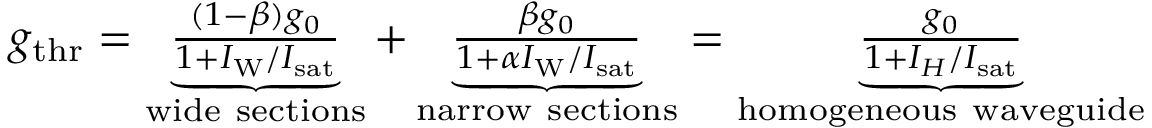
\begin{array} { r } { g _ { \mathrm { t h r } } = \underbrace { \frac { ( 1 - \beta ) g _ { 0 } } { 1 + I _ { \mathrm { W } } / { I _ { \mathrm { s a t } } } } } _ { \mathrm { w i d e ~ s e c t i o n s } } + \underbrace { \frac { \beta g _ { 0 } } { 1 + \alpha I _ { \mathrm { W } } / { I _ { \mathrm { s a t } } } } } _ { \mathrm { n a r r o w ~ s e c t i o n s } } = \underbrace { \frac { g _ { 0 } } { 1 + I _ { H } / { I _ { \mathrm { s a t } } } } } _ { \mathrm { h o m o g e n e o u s ~ w a v e g u i d e } } } \end{array}